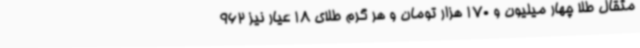
مثقال طلا چهار میلیون و 170 هزار تومان و هر گرم طلای 18 عیار نیز 962